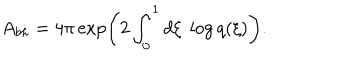
A _ { b h } = 4 \pi \exp \left( 2 \int _ { 0 } ^ { 1 } d \xi \; \log q ( \xi ) \right) .